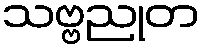
သဗ္ဗညုတ